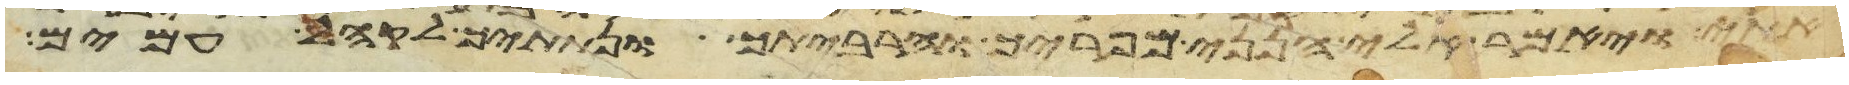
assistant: אתי ויאמר אלי הנני מפריך והרביתיך ונתתיך לקהל עמים